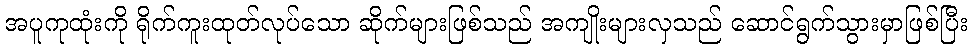
အပူကုထုံးကို ရိုက်ကူးထုတ်လုပ်သော ဆိုက်များဖြစ်သည် အကျိုးများလှသည် ဆောင်ရွက်သွားမှာဖြစ်ပြီး